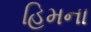
હિમના